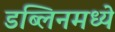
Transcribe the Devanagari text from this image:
डब्लिनमध्ये